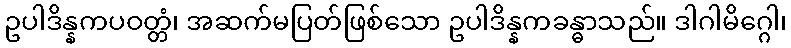
ဥပါဒိန္နကပဝတ္တံ၊ အဆက်မပြတ်ဖြစ်သော ဥပါဒိန္နကခန္ဓာသည်။ ဒါဂါမိဂ္ဂေါ၊